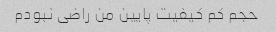
حجم کم کیفیت پایین من راضی نبودم